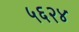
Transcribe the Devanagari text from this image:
५६२४